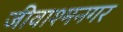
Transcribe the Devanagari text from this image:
जीवाश्मनगर